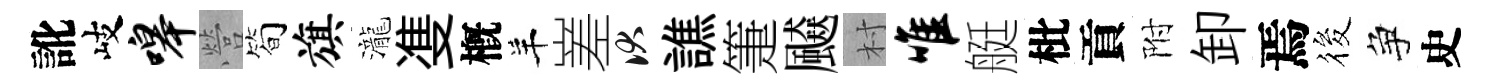
訛岐嗥營筍旗瀧㕠槪羊嵳伏譙箑飇村唯艇枇貢附卸焉筱争史